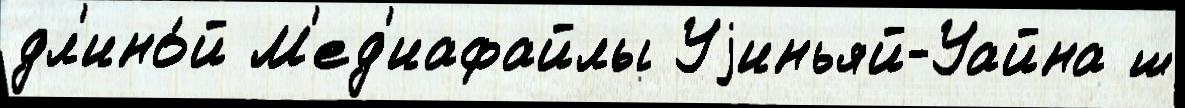
дл'ино́й М'ед'иафайлы Уjиньяй-Уайна ш